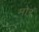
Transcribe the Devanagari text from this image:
मोरं